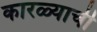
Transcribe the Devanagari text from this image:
कारळ्याची